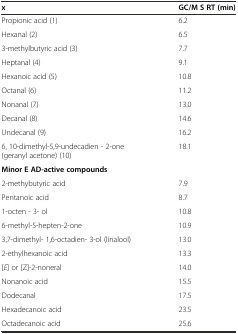
| x | GC/M S RT (min) |
 | --- | --- |
 | Propionic acid (1) | 6.2 |
 | Hexanal (2) | 6.5 |
 | 3-methylbutyric acid (3) | 7.7 |
 | Heptanal (4) | 9.1 |
 | Hexanoic acid (5) | 10.8 |
 | Octanal (6) | 11.2 |
 | Nonanal (7) | 13.0 |
 | Decanal (8) | 14.6 |
 | Undecanal (9) | 16.2 |
 | 6, 10-dimethyl-5,9-undecadien - 2-one (geranyl acetone) (10) | 18.1 |
 | Minor E AD-active compounds |  |
 | 2-methybutyric acid | 7.9 |
 | Pentanoic acid | 8.7 |
 | 1-octen - 3- ol | 10.8 |
 | 6-methyl-5-hepten-2-one | 10.9 |
 | 3,7-dimethyl- 1,6-octadien- 3-ol (linalool) | 13.0 |
 | 2-ethylhexanoic acid | 13.3 |
 | [E] or [Z]-2-noneral | 14.0 |
 | Nonanoic acid | 15.5 |
 | Dodecanal | 17.5 |
 | Hexadecanoic acid | 23.5 |
 | Octadecanoic acid | 25.6 |